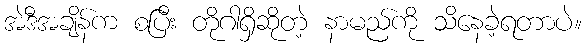
အဲဒီအချိန်က စပြီး တိုဂါရှိဆိုတဲ့ နာမည်ကို သိနေခဲ့ရတာပဲ။